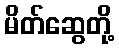
မိတ်ဆွေတို့